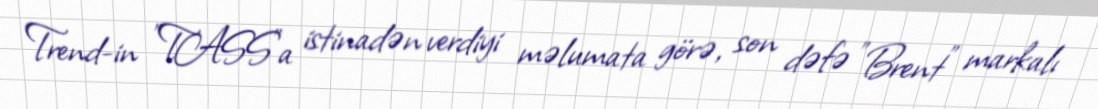
Trend-in "TASS"a istinadən verdiyi məlumata görə, son dəfə "Brent" markalı